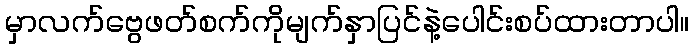
မှာလက်ဗွေဖတ်စက်ကိုမျက်နှာပြင်နဲ့ပေါင်းစပ်ထားတာပါ။